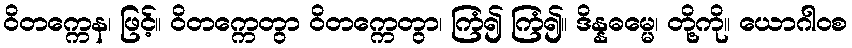
ဝိတက္ကေန၊ ဖြင့်။ ဝိတက္ကေတွာ ဝိတက္ကေတွာ၊ ကြံ၍ ကြံ၍။ ဒိန္နဓမ္မေ၊ တို့ကို။ ယောဂါဝစ